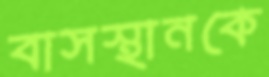
বাসস্থানকে